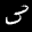
Label: 3